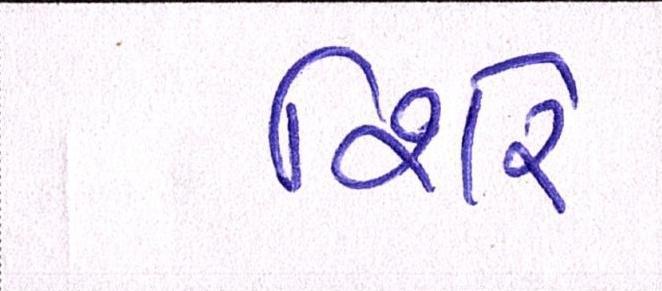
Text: શિરે